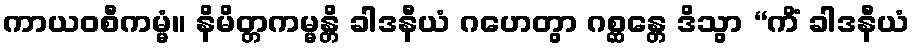
ကာယဝစီကမ္မံ။ နိမိတ္တကမ္မန္တိ ခါဒနီယံ ဂဟေတွာ ဂစ္ဆန္တေ ဒိသွာ “ကိံ ခါဒနီယံ